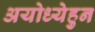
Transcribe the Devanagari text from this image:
अयोध्येहुन